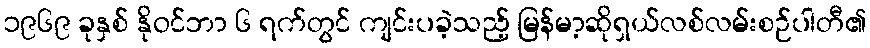
၁၉၆၉ ခုနှစ် နိုဝင်ဘာ ၆ ရက်တွင် ကျင်းပခဲ့သည့် မြန်မာ့ဆိုရှယ်လစ်လမ်းစဉ်ပါတီ၏